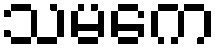
သမကေ